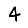
Digit: 4